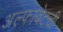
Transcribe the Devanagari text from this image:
अल्फाबेटची